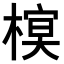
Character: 𣘔